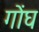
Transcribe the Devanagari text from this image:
गोंघ